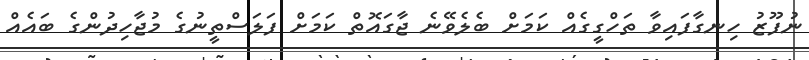
ނުފޫޒު ހިނގާފައިވާ ތަހްގީގެއް ކަމަށް ބެލެވޭނެ ޖާގައޮތް ކަމަށް ފަލަސްތީނުގެ މުޖާހިދުންގެ ބައެއް